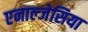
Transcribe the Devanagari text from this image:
एनाल्जेसिया